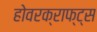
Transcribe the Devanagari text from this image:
होवरक्राफ्ट्स